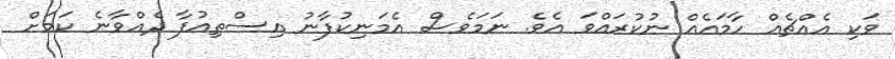
ވަކި އެއްޗެއް ހާމައެއް ނުކުރައްވަ އެވެ. ނަމަވެސް އެމަނިކުފާނު އިސްތިއުފާ ދެއްވާނެ ކަމަށް